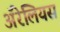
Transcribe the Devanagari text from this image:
ॲरेलियस